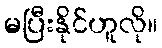
မပြီးနိုင်ဟူလို။